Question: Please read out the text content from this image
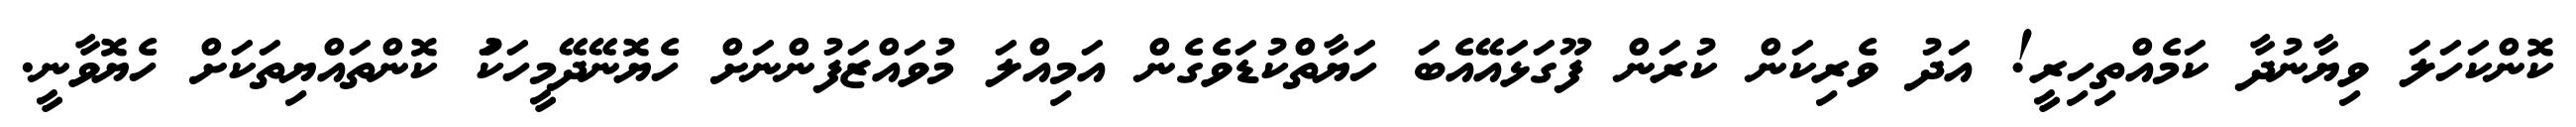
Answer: ކޮންކަހަލަ ވިޔާނުދާ ކަމެއްތިހިރީ! އަދު ވެރިކަން ކުރަން ފޫގަޅައޭއެބަ ހަޔާތްކުޑަވެގެން އަމިއްލަ މުވައްޒަފުންނަށް ހެޔޮނޭދޭމީހަކަު ކޮންތައްޔިތަކަށް ހެޔޮވާނީ.